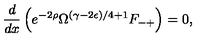
\frac { d } { d x } \left( e ^ { - 2 \rho } \Omega ^ { ( \gamma - 2 \epsilon ) / 4 + 1 } F _ { - + } \right) = 0 ,